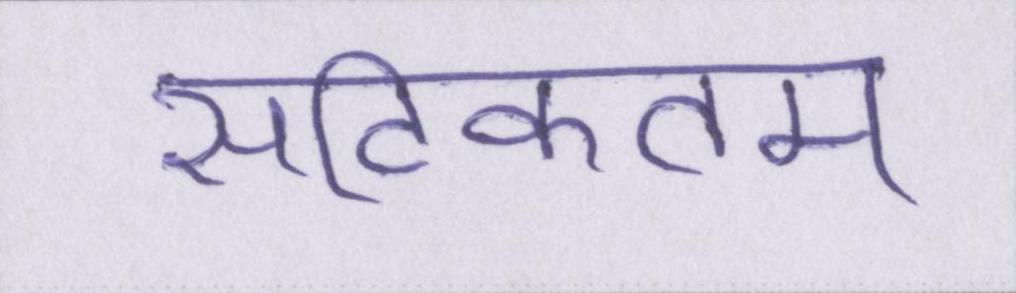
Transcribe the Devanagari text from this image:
सटिकतम